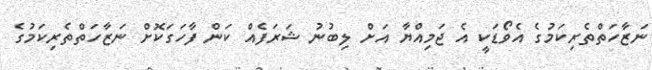
ނަޒާހަތްތެރިކަމުގެ އެވޯޑަކީ އެ ޖަމިއްޔާ އަށް ލިބުނު ޝަރަފެއް ކަން ފާހަގަކޮށް ނަޒާހަތްތެރިކަމުގެ